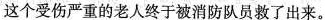
这个受伤严重的老人终于被消防队员救了出来。